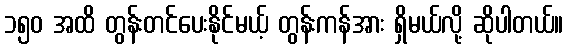
၁၅၀ အထိ တွန်းတင်ပေးနိုင်မယ့် တွန်းကန်အား ရှိမယ်လို့ ဆိုပါတယ်။